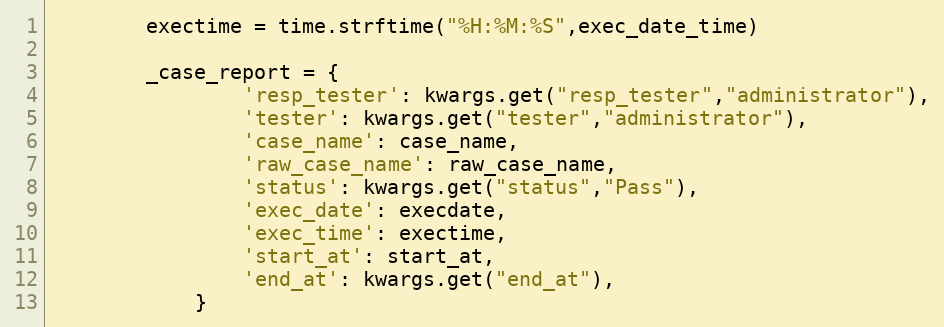
Language: Python
        exectime = time.strftime("%H:%M:%S",exec_date_time)

        _case_report = {
                'resp_tester': kwargs.get("resp_tester","administrator"),
                'tester': kwargs.get("tester","administrator"),
                'case_name': case_name,
                'raw_case_name': raw_case_name,
                'status': kwargs.get("status","Pass"),
                'exec_date': execdate,
                'exec_time': exectime,
                'start_at': start_at,
                'end_at': kwargs.get("end_at"),
            }